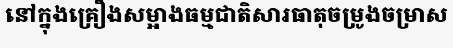
នៅក្នុងគ្រឿងសម្អាងធម្មជាតិសារធាតុចម្រូងចម្រាស